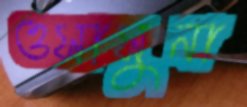
ওসাসুনা